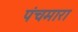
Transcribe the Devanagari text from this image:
पंचमारा